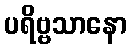
ပရိဗ္ဗသာနော